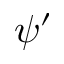
\psi ^ { \prime }